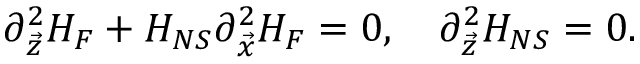
\partial _ { \vec { z } } ^ { 2 } H _ { F } + H _ { N S } \partial _ { \vec { x } } ^ { 2 } H _ { F } = 0 , \ \ \ \partial _ { \vec { z } } ^ { 2 } H _ { N S } = 0 .